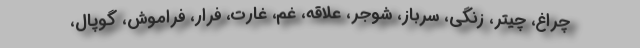
چراغ، چیتر، زنگی، سرباز، شوجر، علاقه، غم، غارت، فرار، فراموش، گوپال،